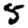
Digit: 5